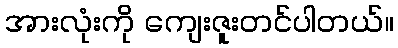
အားလုံးကို ကျေးဇူးတင်ပါတယ်။